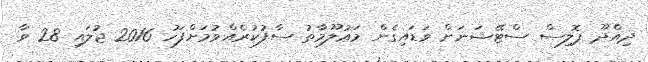
ދިއްދޫ ޕޮލިސް ސްޓޭޝަނަށް ވަޑައިގެން މަޢުލޫމާތު ސާފުކުރެއްވުމަށްފަހު 2016 ޖުލައި 28 ވާ